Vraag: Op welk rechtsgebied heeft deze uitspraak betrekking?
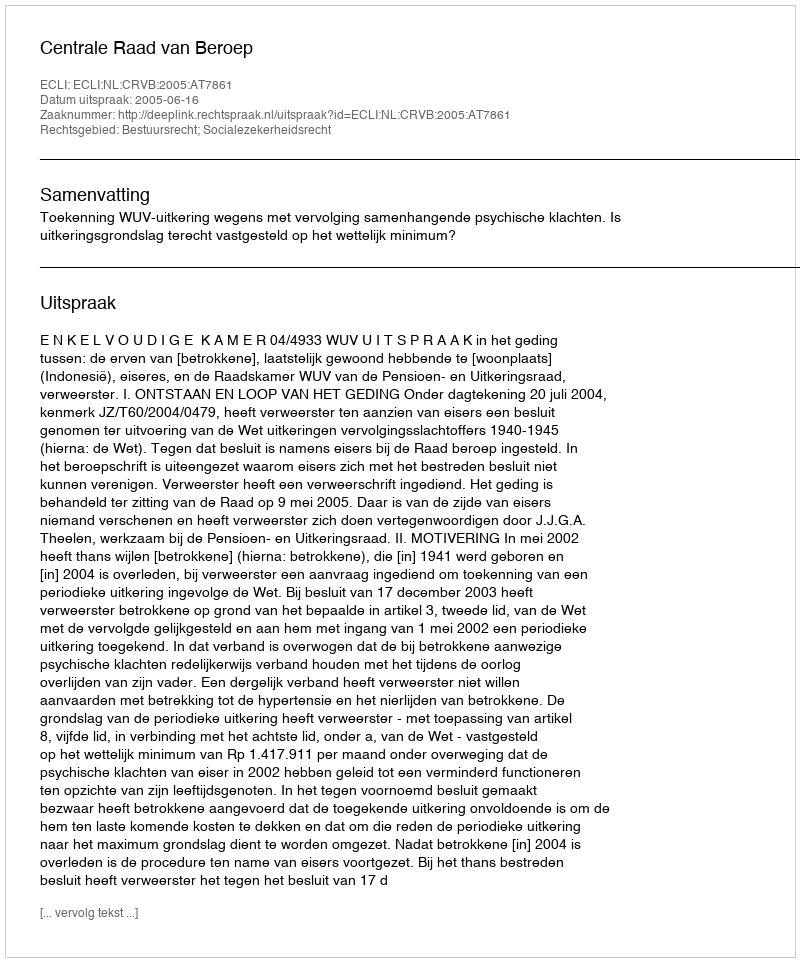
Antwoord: Bestuursrecht; Socialezekerheidsrecht